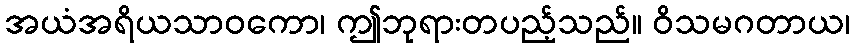
အယံအရိယသာဝကော၊ ဤဘုရားတပည့်သည်။ ဝိသမဂတာယ၊